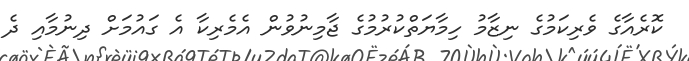
ކޮރެއާގެ ވެރިކަމުގެ ނިޒާމު ހިމާޔަތްކުރުމުގެ ޖާމިނުވުން އެމެެރިކާ އެ ގައުމަށް ދިނުމާއި ދެ